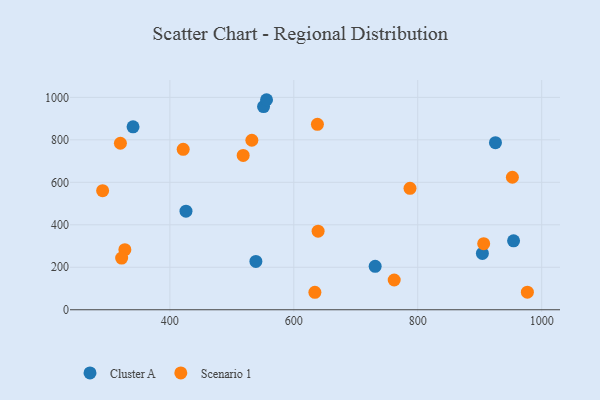
{"axis": {"x": "Distance", "y": "Salary"}, "legend": ["Cluster A", "Scenario 1"], "data": [{"x": "538.8", "y": 227.6, "type": "Cluster A"}, {"x": "904.3", "y": 265.0, "type": "Cluster A"}, {"x": "551.2", "y": 956.6, "type": "Cluster A"}, {"x": "556.0", "y": 988.9, "type": "Cluster A"}, {"x": "925.4", "y": 786.8, "type": "Cluster A"}, {"x": "954.6", "y": 324.4, "type": "Cluster A"}, {"x": "340.6", "y": 861.2, "type": "Cluster A"}, {"x": "731.3", "y": 204.3, "type": "Cluster A"}, {"x": "426.0", "y": 464.3, "type": "Cluster A"}, {"x": "532.3", "y": 798.2, "type": "Scenario 1"}, {"x": "976.9", "y": 83.0, "type": "Scenario 1"}, {"x": "327.4", "y": 282.8, "type": "Scenario 1"}, {"x": "762.0", "y": 140.1, "type": "Scenario 1"}, {"x": "952.7", "y": 623.9, "type": "Scenario 1"}, {"x": "322.2", "y": 243.5, "type": "Scenario 1"}, {"x": "787.5", "y": 571.8, "type": "Scenario 1"}, {"x": "421.5", "y": 755.5, "type": "Scenario 1"}, {"x": "518.3", "y": 726.8, "type": "Scenario 1"}, {"x": "906.4", "y": 311.3, "type": "Scenario 1"}, {"x": "638.1", "y": 872.9, "type": "Scenario 1"}, {"x": "639.2", "y": 369.9, "type": "Scenario 1"}, {"x": "291.5", "y": 560.6, "type": "Scenario 1"}, {"x": "634.0", "y": 82.3, "type": "Scenario 1"}, {"x": "320.2", "y": 783.9, "type": "Scenario 1"}]}